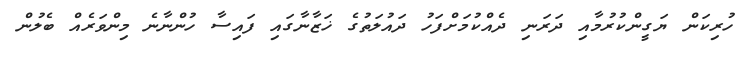
ހުރިކަން ޔަގީންކުރުމާއި ދަރަނި ދެއްކުމަށްފަހު ދައުލަތުގެ ޚަޒާނާގައި ފައިސާ ހުންނާނެ މިންވަރެއް ބެލުން